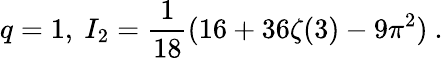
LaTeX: q=1,\ I_{2}=\frac 1{18}(16+36\zeta(3)-9\pi^{2})\ .